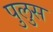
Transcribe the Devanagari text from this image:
पुलुस